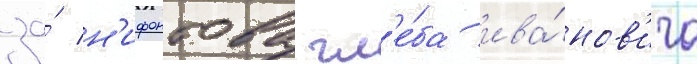
за́ н'ифонтова гл'е́ба ива́нов'ича